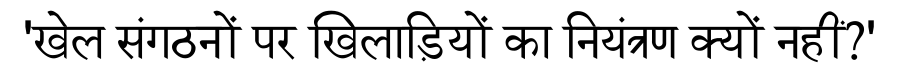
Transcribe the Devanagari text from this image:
'खेल संगठनों पर खिलाड़ियों का नियंत्रण क्यों नहीं?'